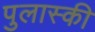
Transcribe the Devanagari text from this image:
पुलास्की